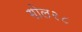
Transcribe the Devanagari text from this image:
गोल२८